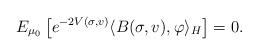
LaTeX: \begin{align*}E_{\mu_0} \left[e^{-2V(\sigma, v)}\langle B(\sigma, v), \varphi \rangle_H\right] = 0. \end{align*}